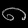
Digit: ၈